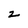
Character: z